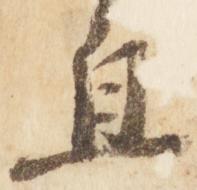
直